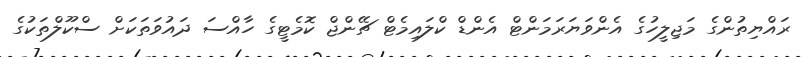
ރައްޔިތުންގެ މަޖިލީހުގެ އެންވަޔަރަމަންޓް އެންޑް ކްލައިމެޓް ޗޭންޖް ކޮމެޓީގެ ހާއްސަ ދައުވަތަކަށް ސްކޫލްތަކުގެ